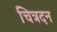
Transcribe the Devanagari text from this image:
चित्रदन